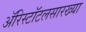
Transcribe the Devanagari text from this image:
ॲरिस्टॉटलसारख्या